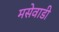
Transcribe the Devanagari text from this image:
मसेवाडी